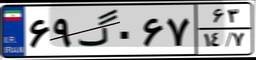
۶۹گ۰۶۷۶۳